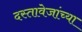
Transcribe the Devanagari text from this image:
दस्तावेजांच्या